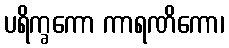
ပရိက္ခကော ကာရဏိကော၊